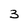
Character: 3